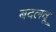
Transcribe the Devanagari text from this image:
बदलवू